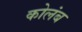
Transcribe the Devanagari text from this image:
कोलंब